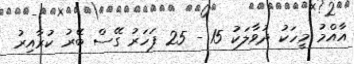
އާއްމު މީހަކު ދުވާލަކު 15 - 25 ފަހަރު ގޭސް ބޭރު ކުރާއިރު